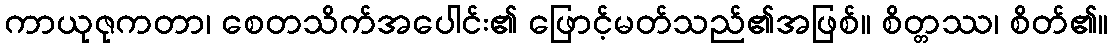
ကာယုဇုကတာ၊ စေတသိက်အပေါင်း၏ ဖြောင့်မတ်သည်၏အဖြစ်။ စိတ္တဿ၊ စိတ်၏။